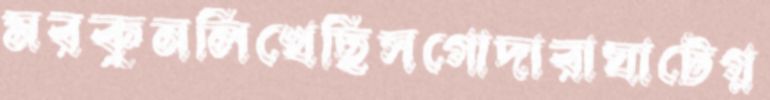
মরকুনলিখেছিসগোদারাঘাটেগ্ল